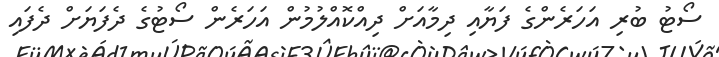
ސޯޓު ބުރި އަހަރެންގެ ފަޔާއި ދިމާއަށް ދިއްކޮއްލުމުން އަހަރެން ސޯޓުގެ ދެފަޔަށް ދެފައި